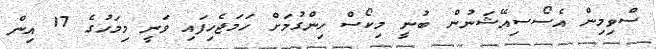
ސްވިމިން އެސޯސިއޭޝަނުން ބުނީ މިކޯސް ހިންގުމަށް ހަމަޖެހިފައި ވަނީ މިމަހުގެ 17 އިން